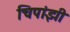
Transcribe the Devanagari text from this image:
चिपांझी